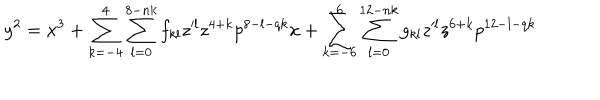
y ^ { 2 } = x ^ { 3 } + \sum _ { k = - 4 } ^ { 4 } \sum _ { l = 0 } ^ { 8 - n k } f _ { k l } z ^ { \prime l } z ^ { 4 + k } p ^ { 8 - l - q k } x + \sum _ { k = - 6 } ^ { 6 } \sum _ { l = 0 } ^ { 1 2 - n k } g _ { k l } z ^ { \prime l } z ^ { 6 + k } p ^ { 1 2 - l - q k }